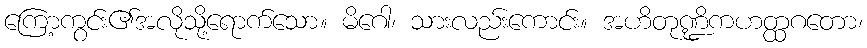
ကြော့ကွင်း၏အလိုသို့ရောက်သော။ မိဂေါ၊ သားလည်းကောင်း။ အဟိတုဏ္ဍိကဟတ္ထဂတော၊